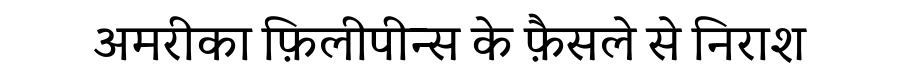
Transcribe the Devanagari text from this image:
अमरीका फ़िलीपीन्स के फ़ैसले से निराश